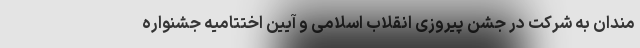
مندان به شرکت در جشن پیروزی انقلاب اسلامی و آیین اختتامیه جشنواره